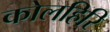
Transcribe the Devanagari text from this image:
कोलहिरि